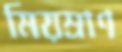
মিয়ম্রাণ